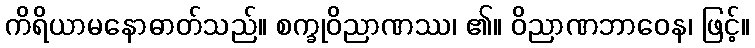
ကိရိယာမနောဓာတ်သည်။ စက္ခုဝိညာဏဿ၊ ၏။ ဝိညာဏဘာဝေန၊ ဖြင့်။